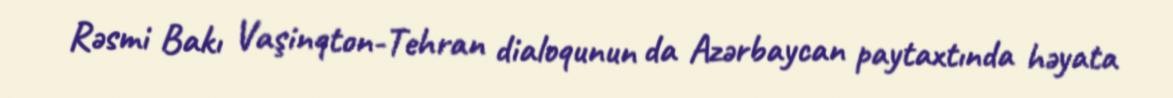
Rəsmi Bakı Vaşinqton-Tehran dialoqunun da Azərbaycan paytaxtında həyata